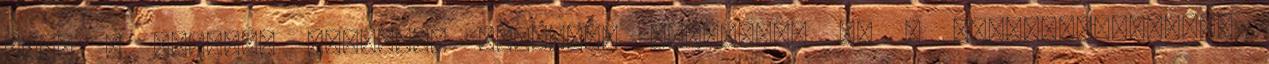
tart a tiltott szereket használó sportolók és a doppingellenőrök